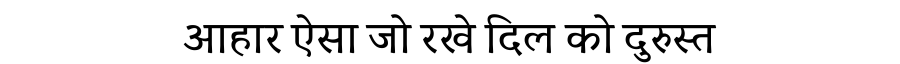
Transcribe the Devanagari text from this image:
आहार ऐसा जो रखे दिल को दुरुस्त